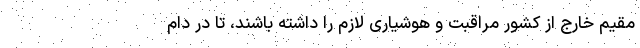
مقیم خارج از کشور مراقبت و هوشیاری لازم را داشته باشند، تا در دام